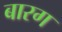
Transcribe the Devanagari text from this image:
बारग